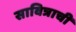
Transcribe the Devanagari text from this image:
सावित्राची